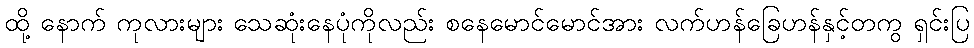
ထို့ နောက် ကုလားများ သေဆုံးနေပုံကိုလည်း စနေမောင်မောင်အား လက်ဟန်ခြေဟန်နှင့်တကွ ရှင်းပြ